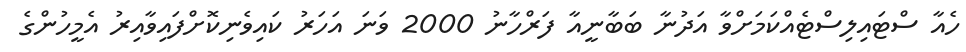
ހެއާ ސްޓައިލިސްޓެއްކަމަށްވާ އަދުނާ ބަބާނީއާ ފަރްހާނު 2000 ވަނަ އަހަރު ކައިވެނިކޮށްފައިވާއިރު އެމީހުންގެ